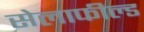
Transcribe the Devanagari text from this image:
सेलाफील्ड